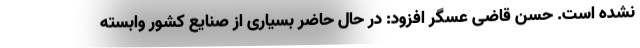
نشده است. حسن قاضی عسگر افزود: در حال حاضر بسیاری از صنایع کشور وابسته